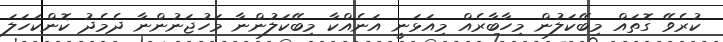
ކުރެވޭ ގޮތައް މިބޭކަލުން މިހާބާރެއް މިއަޅަނީ އަނެއްކާ މިބޭކަލުންނާ މަހުޖަނުންނާ ދެމެދު ކޮންކަހަލަ